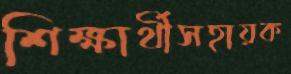
শিক্ষার্থীসহায়ক